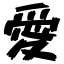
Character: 愛